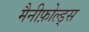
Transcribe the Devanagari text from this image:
मैनीफ़ोल्ड्स